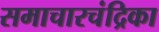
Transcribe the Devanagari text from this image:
समाचारचंद्रिका